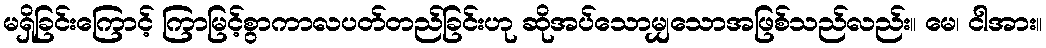
မရှိခြင်းကြောင့် ကြာမြင့်စွာကာလပတ်တည်ခြင်းဟု ဆိုအပ်သောမျှသောအဖြစ်သည်လည်း။ မေ၊ ငါအား။